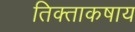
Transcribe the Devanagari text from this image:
तिक्ताकषाय